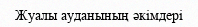
Жуалы ауданының әкімдері